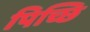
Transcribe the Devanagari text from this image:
पिच्छि